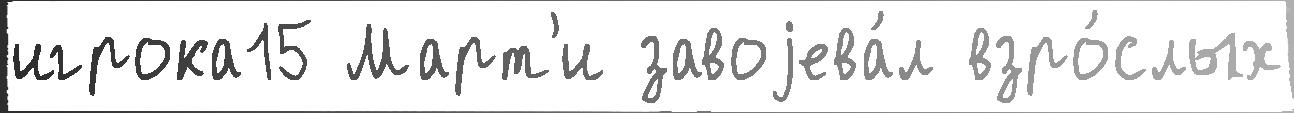
игрока15 Март'и завоjева́л взро́слых